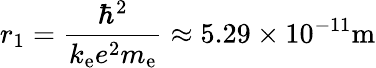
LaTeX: r_{1}={\frac{\hbar^{2}}{k_{\mathrm{e}}e^{2}m_{\mathrm{e}}}}\approx 5.29\times 10^{-11}\mathrm{m}